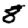
Digit: 8